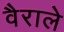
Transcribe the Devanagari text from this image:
वैराले